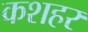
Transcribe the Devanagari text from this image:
कशहर